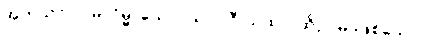
အကုသလာ၊ မလိမ္မာသော။ သာဂါဝီ ယထာ၊ ထိုဥပမာဖြစ်သော